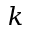
k